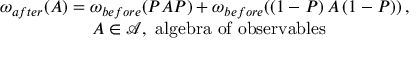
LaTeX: \begin{array} { c } { { \omega _ { a f t e r } ( A \mathcal { ) = } \omega _ { b e f o r e } ( P A P ) + \omega _ { b e f o r e } ( \left( 1 - P \right) A \left( 1 - P \right) ) \, , \, \, } } \\ { { \, \, \, A \mathcal { \in A } , \, \, \mathrm { a l g e b r a ~ o f ~ o b s e r v a b l e s ~ } } } \end{array}